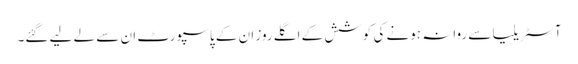
آسٹریلیا سے روانہ ہونے کی کوشش کے اگلے روز ان کے پاسپورٹ ان سے لے لیے گئے۔